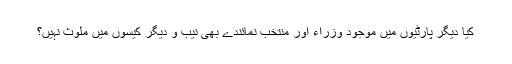
کیا دیگر پارٹیوں میں موجود وزراء اور منتخب نمائندے بھی نیب و دیگر کیسوں میں ملوث نہیں؟